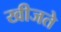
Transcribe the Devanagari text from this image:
खीजते